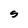
Character: S